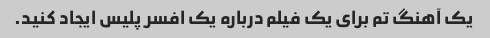
یک آهنگ تم برای یک فیلم درباره یک افسر پلیس ایجاد کنید.